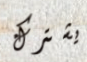
يشترك